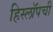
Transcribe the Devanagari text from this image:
हिस्लॉपची